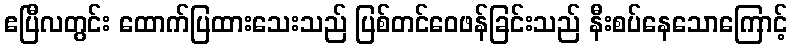
ဧပြီလတွင်း ထောက်ပြထားသေးသည် ပြစ်တင်ဝေဖန်ခြင်းသည် နီးစပ်နေသောကြောင့်